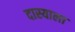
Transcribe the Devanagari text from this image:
दास्याला